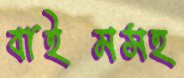
বাইমসহ